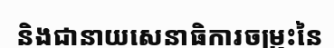
និងជានាយសេនាធិការចម្រុះនៃ